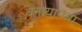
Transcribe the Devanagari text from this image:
बनायागया